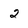
Character: 2